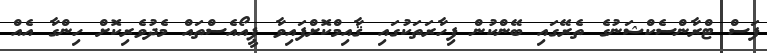
ފަސް ޓްރާންސެކްޝަނުގެ ތެރޭގައި ބޭންކުން ފިހާރަތަކުގައި ޤާއިމްކޮށްފައިވާ ޕީއޯއެސްތައް މެދުވެރިކޮށް ހިންގާ އެއް